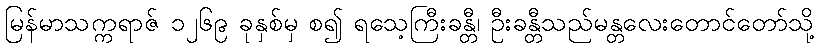
မြန်မာသက္ကရာဇ် ၁၂၆၉ ခုနှစ်မှ စ၍ ရသေ့ကြီးခန္တီ၊ ဦးခန္တီသည်မန္တလေးတောင်တော်သို့